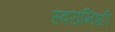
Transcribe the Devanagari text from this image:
स्वरानिशी